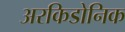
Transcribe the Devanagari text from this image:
अरकिडोनिक